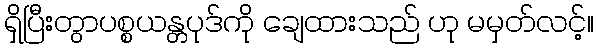
ရှိပြီးတွာပစ္စယန္တပုဒ်ကို ချေထားသည် ဟု မမှတ်လင့်။